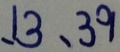
, 1 3 , 3 9